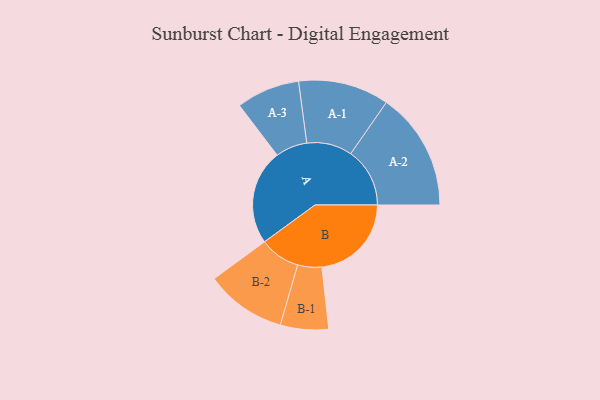
{"axis": {"x": "Segment", "y": "Value"}, "legend": ["", "A", "B"], "data": [{"x": "A", "y": 459, "type": ""}, {"x": "B", "y": 432, "type": ""}, {"x": "A-1", "y": 219, "type": "A"}, {"x": "A-2", "y": 285, "type": "A"}, {"x": "A-3", "y": 153, "type": "A"}, {"x": "B-1", "y": 116, "type": "B"}, {"x": "B-2", "y": 195, "type": "B"}]}